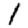
Digit: 1